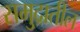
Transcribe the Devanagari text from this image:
समु्द्रातील